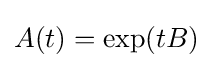
A(t)=\exp(tB)